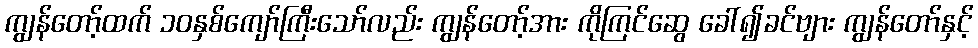
ကျွန်တော့်ထက် ၁၀နှစ်ကျော်ကြီးသော်လည်း ကျွန်တော့်အား ကိုကြင်ဆွေ ခေါ်၍ခင်ဗျား ကျွန်တော်နှင့်